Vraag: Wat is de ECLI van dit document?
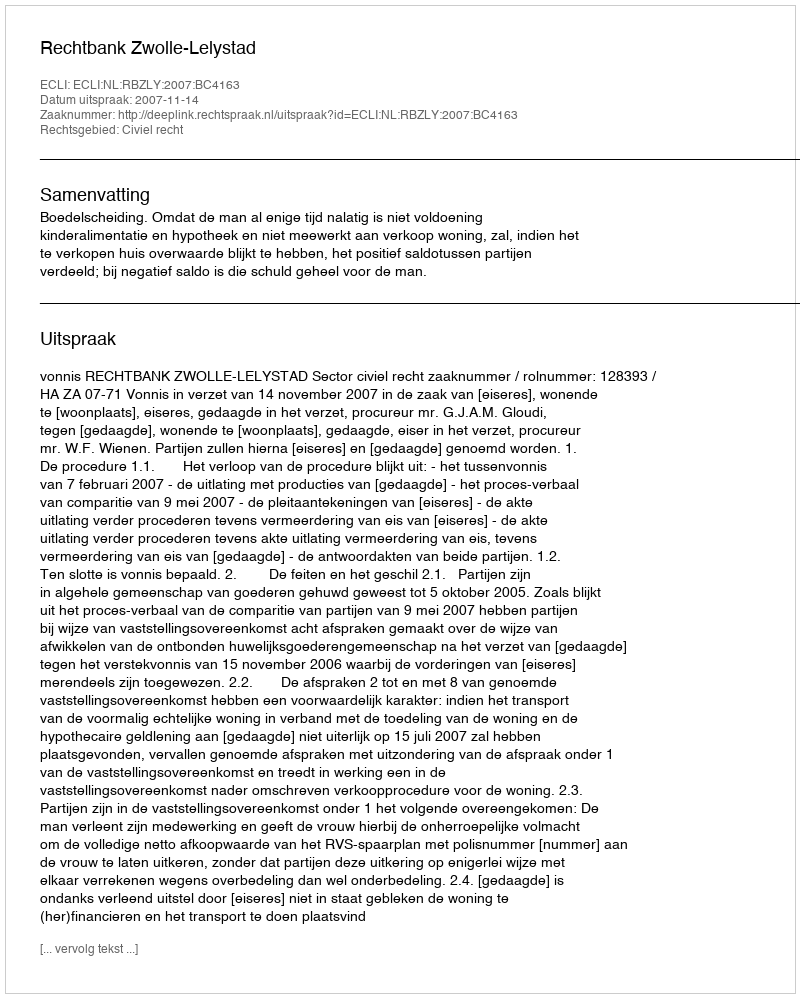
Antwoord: ECLI:NL:RBZLY:2007:BC4163